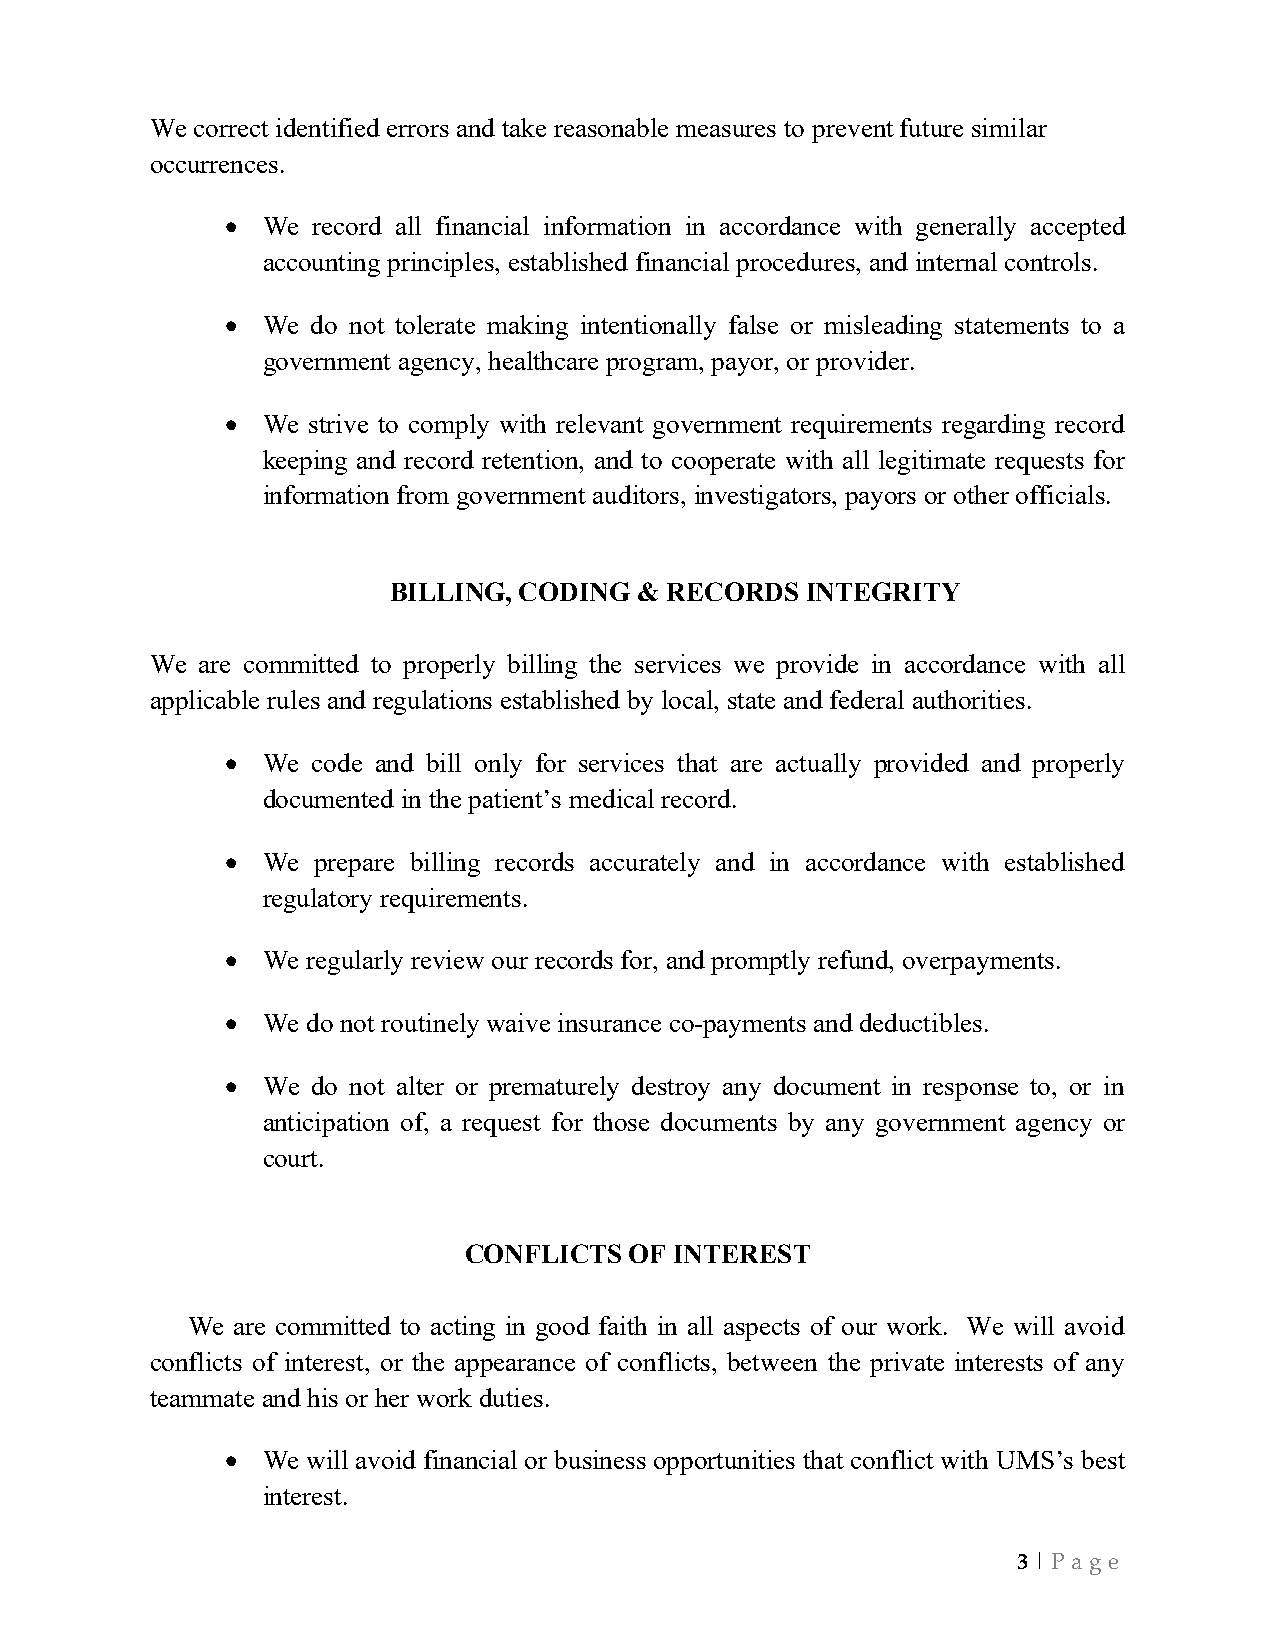
We correct identified errors and take reasonable measures to prevent future similar
 occurrences.
 • We  record all financial information in accordance with generally accepted
 accounting principles, established financial procedures, and internal controls.
 • We  do not tolerate making intentionally false or misleading statements to a
 government agency, healthcare program, payor, or provider.
 • We strive to comply with relevant government requirements regarding record
 keeping and record retention, and to cooperate with all legitimate requests for
 information from government auditors, investigators, payors or other officials.
 BILLING, CODING & RECORDS  INTEGRITY
 We are committed to properly billing the services we provide in accordance with all
 applicable rules and regulations established by local, state and federal authorities.
 • We  code and bill only for services that are actually provided and properly
 documented in the patient’s medical record.
 • We  prepare billing records accurately and in accordance with established
 regulatory requirements.
 • We regularly review our records for, and promptly refund, overpayments.
 • We do not routinely waive insurance co-payments and deductibles.
 • We  do not alter or prematurely destroy any document in response to, or in
 anticipation of, a request for those documents by any government agency or
 court.
 CONFLICTS  OF INTEREST
 We  are committed to acting in good faith in all aspects of our work. We will avoid
 conflicts of interest, or the appearance of conflicts, between the private interests of any
 teammate and his or her work duties.
 • We will avoid financial or business opportunities that conflict with UMS’s best
 interest.
 3 | Pa g e